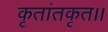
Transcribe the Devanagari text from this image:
कृतांतकृत।।